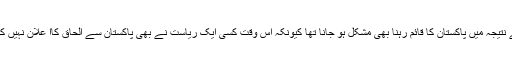
اسکے نتیجہ میں پاکستان کا قائم رہنا بھی مشکل ہو جانا تھا کیونکہ اُس وقت کسی ایک ریاست نے بھی پاکستان سے الحاق کاا علان نہیں کیا تھا۔